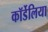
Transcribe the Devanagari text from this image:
कॉर्डेलिया